Petrogradi_Kontroll-Opteerimise_Komisjon, lk 145
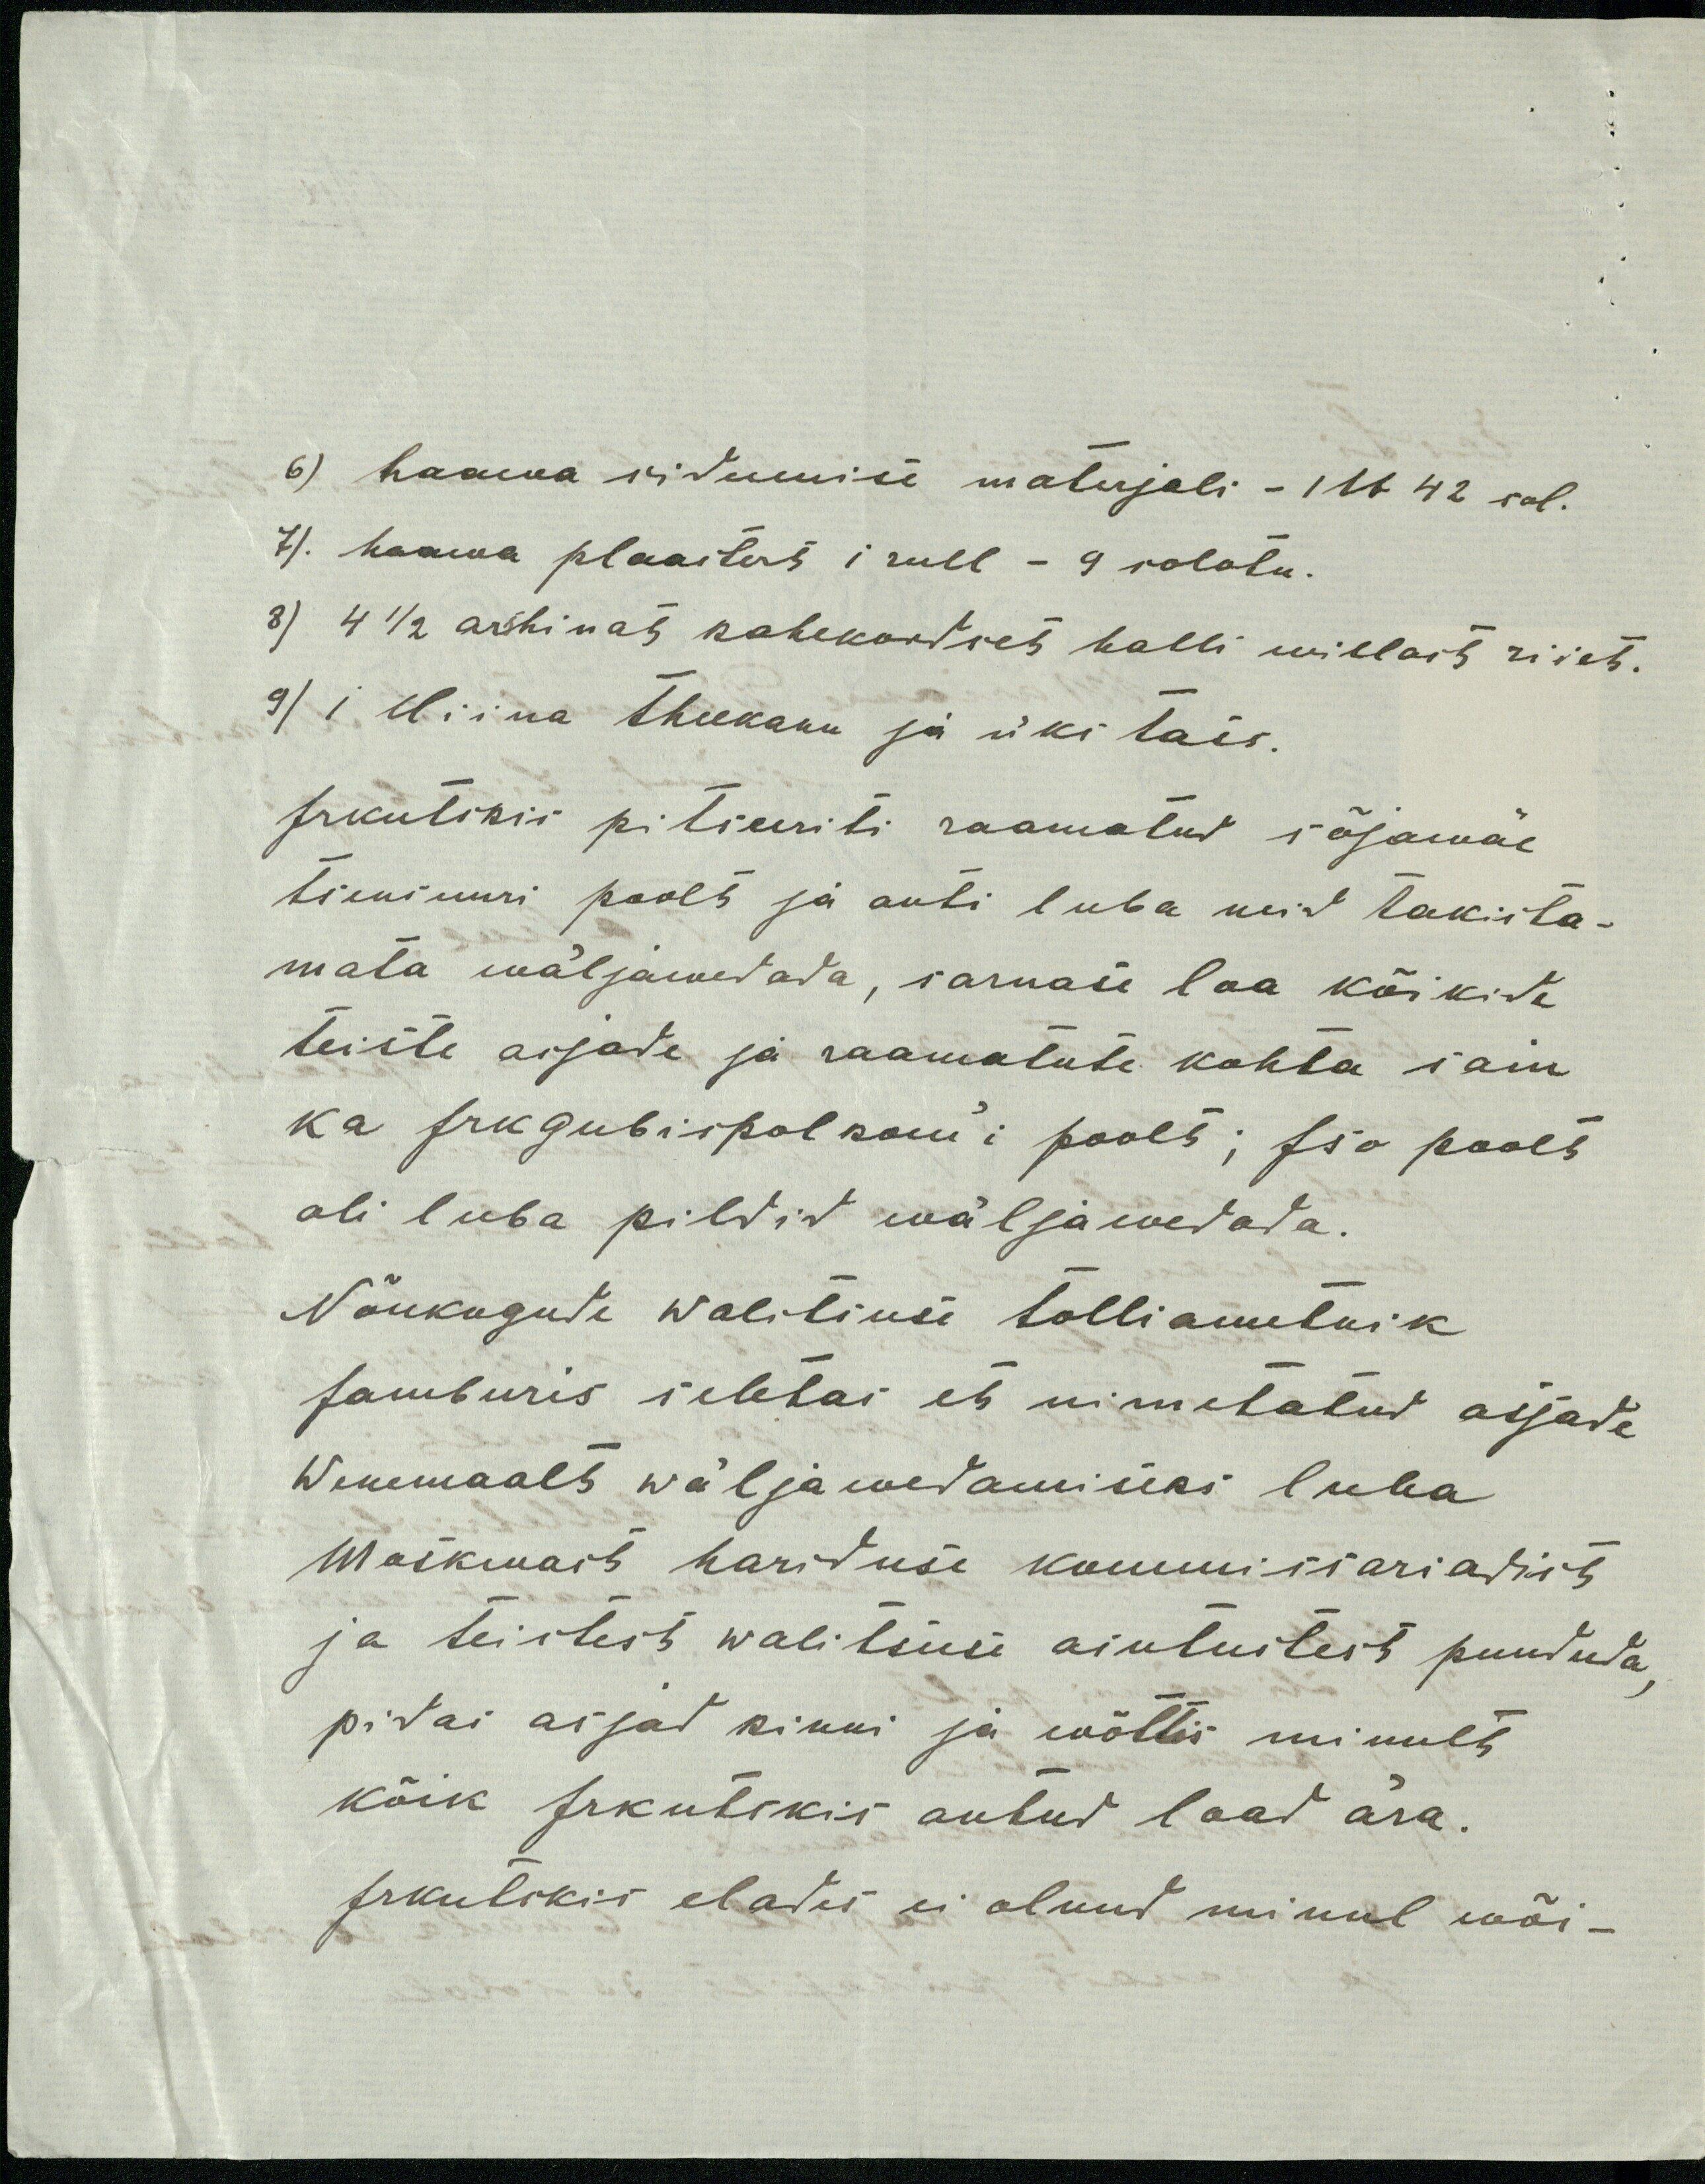
6) haawa sidumise materjali - 1lb 42 sol.
7). haawa plaastert 1 rull - 9 solotn.
8) 4 1/2 arshinat kahekordset kalli willast riiet.
9) 1 Hiina theekann ja üks tais.
Irkutskis pitseeriti raamatud sõjawäe
tsensuuri poolt ja anti luba neid takista-
mata wäljawedada, sarnase loa kõikide
teiste asjade ja raamatute kohta sain
ka Irkgubispolkom´i poolt; Iso poolt
oli luba pildid wäljawedada.
Nõukogude Walitsuse tolliametnik
Jamburis seletas et nimetatud asjade
Wenemaalt wäljawedamiseks luba
Moskwast hariduse kommissariadist
ja teistest walitsuse asutustest puududa,
pidas asjad kinni ja wõttis minult
kõik Irkutskis antud load ära.
Irkutskis elades ei olnud minul wõi-